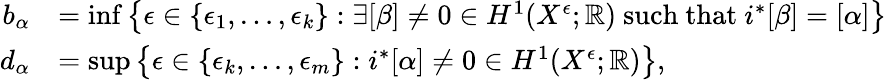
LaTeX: \begin{array}{rl}{b_{\alpha}}&{=\operatorname*{inf}\left\{ \epsilon\in\{ \epsilon_{1},\dots,\epsilon_{k}\} :\exists[\beta]\neq 0\in H^{1}(X^{\epsilon};\mathbb{R})\mathrm{~such~that~}i^{*}[\beta]=[\alpha]\right\} }\\ {d_{\alpha}}&{=\operatorname*{sup}\left\{ \epsilon\in\{ \epsilon_{k},\dots,\epsilon_{m}\} :i^{*}[\alpha]\neq 0\in H^{1}(X^{\epsilon};\mathbb{R})\right\} ,}\end{array}